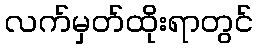
လက်မှတ်ထိုးရာတွင်